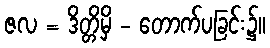
ဇလ = ဒိတ္တိမှိ - တောက်ပခြင်း၌။